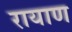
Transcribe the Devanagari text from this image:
रायाण